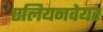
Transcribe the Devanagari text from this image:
एलियनवेयर